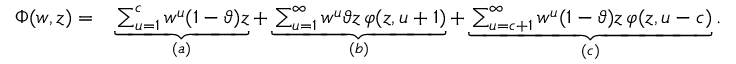
\begin{array} { r l } { \Phi ( w , z ) = } & { \underbrace { \sum _ { u = 1 } ^ { c } w ^ { u } ( 1 - \vartheta ) z } _ { ( a ) } + \underbrace { \sum _ { u = 1 } ^ { \infty } w ^ { u } \vartheta z \, \varphi ( z , u + 1 ) } _ { ( b ) } + \underbrace { \sum _ { u = c + 1 } ^ { \infty } w ^ { u } ( 1 - \vartheta ) z \, \varphi ( z , u - c ) } _ { ( c ) } . } \end{array}